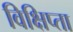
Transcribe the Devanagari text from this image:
विक्षिप्ता